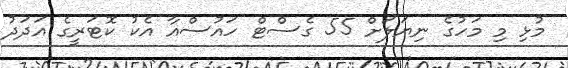
މުޅި މި މަހުގެ ނިޔަލަށް 55 ގެސްޓް ހައުސްއާ އެކު ކޮޓަރީގެ އަދަދު